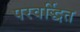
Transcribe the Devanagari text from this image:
परवर्द्धित